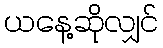
ယနေ့ဆိုလျှင်